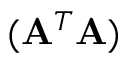
( \mathbf { A } ^ { T } \mathbf { A } )